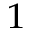
^ 1